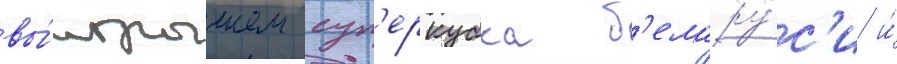
вы́игрышем суп'еркубка б'елару́с'и и́